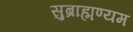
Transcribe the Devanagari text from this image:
सुब्राह्मण्यम